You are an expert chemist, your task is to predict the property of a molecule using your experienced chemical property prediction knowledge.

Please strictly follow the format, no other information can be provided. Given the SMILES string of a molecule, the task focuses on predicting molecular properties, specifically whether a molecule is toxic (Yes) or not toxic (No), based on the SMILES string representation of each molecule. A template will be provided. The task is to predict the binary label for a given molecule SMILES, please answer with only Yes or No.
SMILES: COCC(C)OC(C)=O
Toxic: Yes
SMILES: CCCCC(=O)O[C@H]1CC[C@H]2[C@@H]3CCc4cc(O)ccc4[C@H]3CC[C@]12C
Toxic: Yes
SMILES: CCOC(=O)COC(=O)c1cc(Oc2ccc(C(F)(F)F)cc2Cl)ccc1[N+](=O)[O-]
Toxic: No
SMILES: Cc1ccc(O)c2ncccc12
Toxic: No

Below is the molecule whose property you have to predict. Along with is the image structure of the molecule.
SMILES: CCNc1nc(Cl)nc(NCC)n1
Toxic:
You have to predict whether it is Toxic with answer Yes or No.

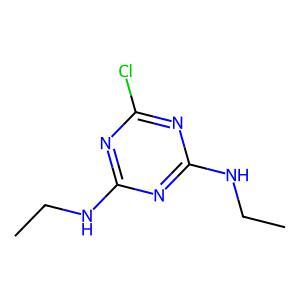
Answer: No